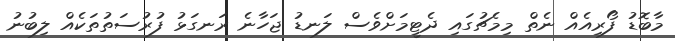
މާބޮޑު ފޯރިއެއް ނެތް މިމެޗުގައި ދެޓީމަށްވެސް ލަނޑު ޖަހާނެ ރަނގަޅު ފުރުސަތުތަކެއް ލިބުނު